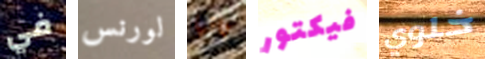
في لورنس بانها فيكتور خلوي